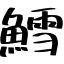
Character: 鱈